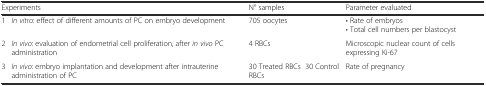
| <COLSPAN=2> Experiments | N° samples | Parameter evaluated |
 | --- | --- | --- | --- |
 | 1 | In vitro: effect of different amounts of PC on embryo development | 705 oocytes | • Rate of embryos• Total cell numbers per blastocyst |
 | 2 | In vivo: evaluation of endometrial cell proliferation, after in vivo PC administration | 4 RBCs | Microscopic nuclear count of cells expressing Ki-67 |
 | 3 | In vivo: embryo implantation and development after intrauterine administration of PC | 30 Treated RBCs 30 Control RBCs | Rate of pregnancy |